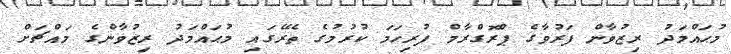
މުޙައްމަދު ރިޒުވާން ފަރުވާގެ ޕްރޮގްރާމް ފުރިހަމަ ކުރުމުގެ ތެރޭގައި މުޙައްމަދު ރިޒުވާންގެ މައްޗަށް